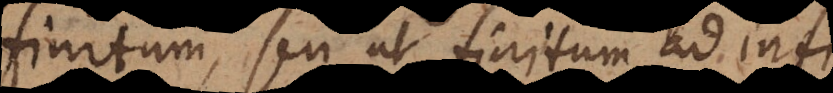
finitum, seu ut finitum ad infin